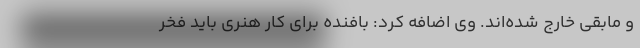
و مابقی خارج شده‌اند. وی اضافه کرد: بافنده برای کار هنری باید فخر